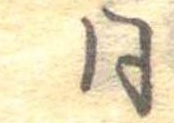
同